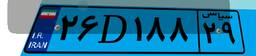
۲۶D۱۸۸۲۹